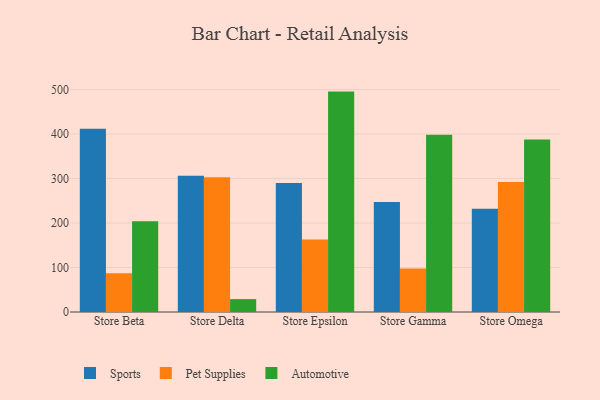
{"axis": {"x": "Store", "y": "Website Visitors"}, "legend": ["Automotive", "Pet Supplies", "Sports"], "data": [{"x": "Store Beta", "y": 411.9, "type": "Sports"}, {"x": "Store Beta", "y": 87.3, "type": "Pet Supplies"}, {"x": "Store Beta", "y": 204.0, "type": "Automotive"}, {"x": "Store Delta", "y": 306.1, "type": "Sports"}, {"x": "Store Delta", "y": 303.0, "type": "Pet Supplies"}, {"x": "Store Delta", "y": 28.9, "type": "Automotive"}, {"x": "Store Epsilon", "y": 289.9, "type": "Sports"}, {"x": "Store Epsilon", "y": 162.8, "type": "Pet Supplies"}, {"x": "Store Epsilon", "y": 495.3, "type": "Automotive"}, {"x": "Store Gamma", "y": 247.3, "type": "Sports"}, {"x": "Store Gamma", "y": 97.7, "type": "Pet Supplies"}, {"x": "Store Gamma", "y": 398.1, "type": "Automotive"}, {"x": "Store Omega", "y": 231.9, "type": "Sports"}, {"x": "Store Omega", "y": 292.2, "type": "Pet Supplies"}, {"x": "Store Omega", "y": 387.8, "type": "Automotive"}]}